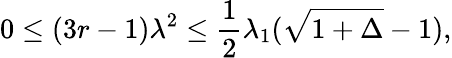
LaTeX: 0\le(3r-1)\lambda^{2}\le{\frac{1}{2}}\lambda_{1}(\sqrt{1+\Delta}-1),